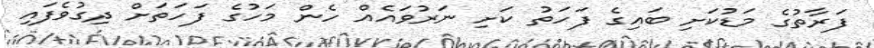
ފަރާތުގެ މަޑުކަށި ބައިގެ ފަހަތު ކަށި ނަރުވައެއް ހެން މަހުގެ ފަހަތަށް ދިގުވެފައި